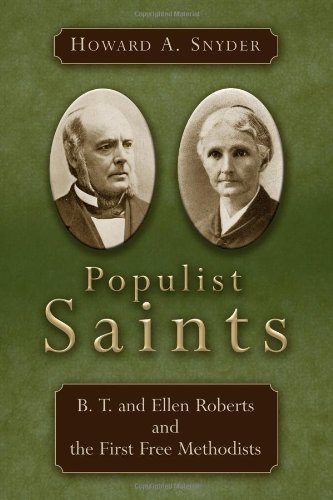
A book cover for Populist Saints: B. T. and Ellen Roberts and the First Free Methodists; Howard A. Snyder; Religion & Spirituality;